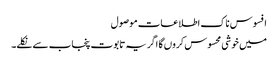
افسوس ناک اطلاعات موصول
میں خوشی محسوس کروں گا اگر یہ تابوت پنجاب سے نکلے۔